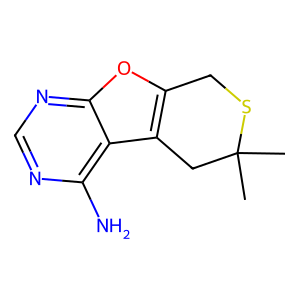
SMILES: CC1(C)Cc2c(oc3ncnc(N)c23)CS1
Inhibits HIV replication: No